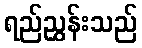
ရည်ညွှန်းသည်